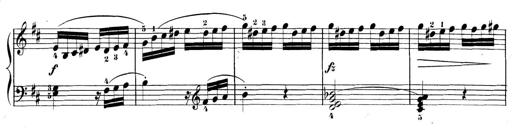
Title: 3 Sonatinen, Op.8
Composer: Isidor Wilhelm Seiss